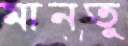
মানতু